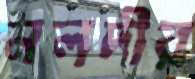
নলদীর